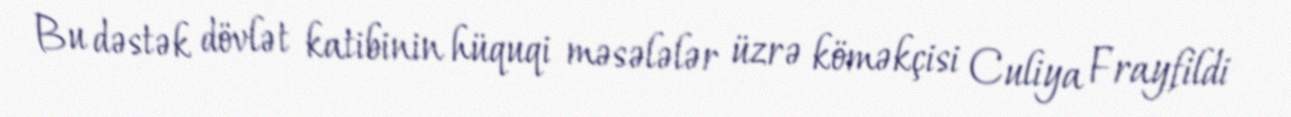
Bu dəstək dövlət katibinin hüquqi məsələlər üzrə köməkçisi Culiya Frayfildi